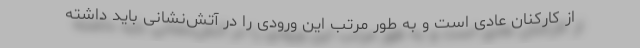
از کارکنان عادی است و به طور مرتب این ورودی را در آتش‌نشانی باید داشته